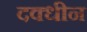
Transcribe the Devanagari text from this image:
दक्धीन